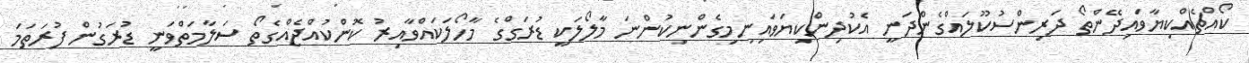
ކޯއްޗެއްކިޔާވައިދޭންތޯ ދަރިންސުކޫލައްގެންދަނީ އެކުދިންކިޔަވައިނިމިގެންނިކުންނަ މާލޯލަކީ ޑުރަގްގެ މާހޯލަކައްވާއިރު ކޮންކުއްޖެއްގެތޯ ސަލާމަތްވަނީ ޑުރަގުން ފުރަތަމަ